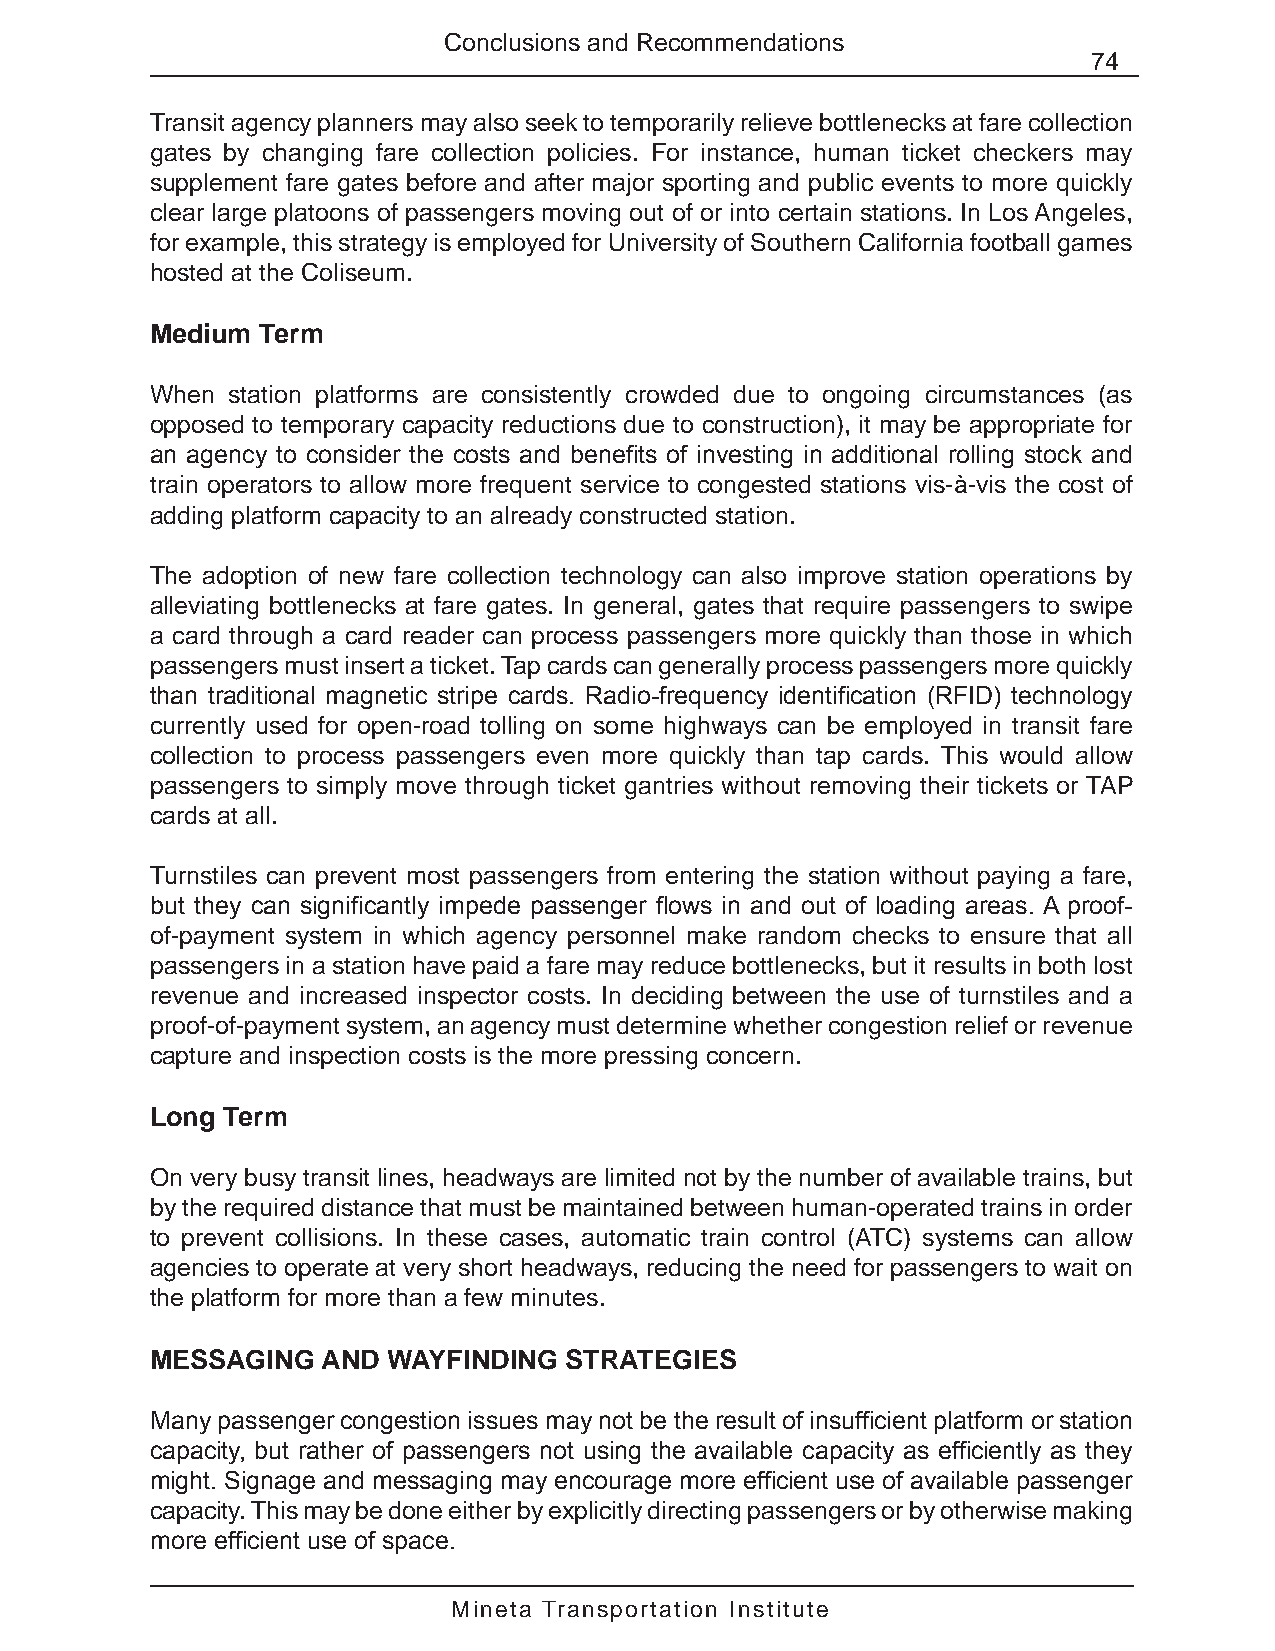
Conclusions and Recommendations
 74
 Transit agency planners may also seek to temporarily relieve bottlenecks at fare collection
 gates by changing fare collection policies. For instance, human ticket checkers may
 supplement fare gates before and after major sporting and public events to more quickly
 clear large platoons of passengers moving out of or into certain stations. In Los Angeles,
 for example, this strategy is employed for University of Southern California football games
 hosted at the Coliseum.
 Medium Term
 When station platforms are consistently crowded due to ongoing circumstances (as
 opposed to temporary capacity reductions due to construction), it may be appropriate for
 an agency to consider the costs and benefits of investing in additional rolling stock and
 train operators to allow more frequent service to congested stations vis-à-vis the cost of
 adding platform capacity to an already constructed station.
 The adoption of new fare collection technology can also improve station operations by
 alleviating bottlenecks at fare gates. In general, gates that require passengers to swipe
 a card through a card reader can process passengers more quickly than those in which
 passengers must insert a ticket. Tap cards can generally process passengers more quickly
 than traditional magnetic stripe cards. Radio-frequency identification (RFID) technology
 currently used for open-road tolling on some highways can be employed in transit fare
 collection to process passengers even more quickly than tap cards. This would allow
 passengers to simply move through ticket gantries without removing their tickets or TAP
 cards at all.
 Turnstiles can prevent most passengers from entering the station without paying a fare,
 but they can significantly impede passenger flows in and out of loading areas. A proof-
 of-payment system in which agency personnel make random checks to ensure that all
 passengers in a station have paid a fare may reduce bottlenecks, but it results in both lost
 revenue and increased inspector costs. In deciding between the use of turnstiles and a
 proof-of-payment system, an agency must determine whether congestion relief or revenue
 capture and inspection costs is the more pressing concern.
 Long Term
 On very busy transit lines, headways are limited not by the number of available trains, but
 by the required distance that must be maintained between human-operated trains in order
 to prevent collisions. In these cases, automatic train control (ATC) systems can allow
 agencies to operate at very short headways, reducing the need for passengers to wait on
 the platform for more than a few minutes.
 MESSAGING  AND  WAYFINDING STRATEGIES
 Many passenger congestion issues may not be the result of insufficient platform or station
 capacity, but rather of passengers not using the available capacity as efficiently as they
 might. Signage and messaging may encourage more efficient use of available passenger
 capacity. This may be done either by explicitly directing passengers or by otherwise making
 more efficient use of space.
 Mineta Transportation Institute